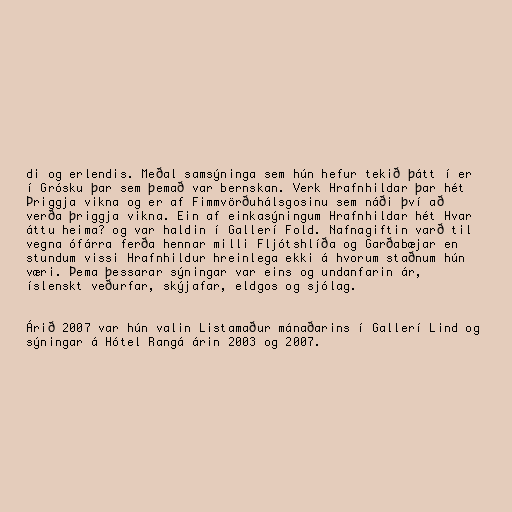
di og erlendis. Meðal samsýninga sem hún hefur tekið þátt í er
í Grósku þar sem þemað var bernskan. Verk Hrafnhildar þar hét
Þriggja vikna og er af Fimmvörðuhálsgosinu sem náði því að
verða þriggja vikna. Ein af einkasýningum Hrafnhildar hét Hvar
áttu heima? og var haldin í Gallerí Fold. Nafnagiftin varð til
vegna ófárra ferða hennar milli Fljótshlíða og Garðabæjar en
stundum vissi Hrafnhildur hreinlega ekki á hvorum staðnum hún
væri. Þema þessarar sýningar var eins og undanfarin ár,
íslenskt veðurfar, skýjafar, eldgos og sjólag.

Árið 2007 var hún valin Listamaður mánaðarins í Gallerí Lind og
sýningar á Hótel Rangá árin 2003 og 2007.